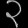
Digit: ၃